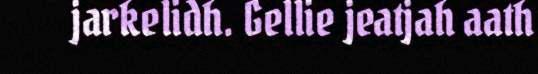
jarkelidh. Gellie jeatjah aath